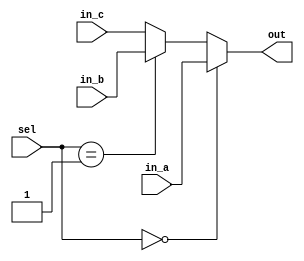
// ECE:3350 SISC processor project
// 16-bit mux

`timescale 1ns/100ps

module mux16 (in_a, in_b, in_c, sel, out);

  /*
   *  16-BIT MULTIPLEXER - mux16.v
   *
   *  Inputs:
   *   - in_a (16 bits): First input to the multiplexer. Chosen when sel = 0.
   *   - in_b (16 bits): Second input to the multiplexer. Chosen when sel = 1.
   *   - sel: Controls which input is seen at the output.
   *
   *  Outputs:
   *   - out: Output from the multiplexer.
   *
   */

  input  [15:0] in_a;
  input  [15:0] in_b;
  input  [15:0] in_c; 
  input  [1:0]    sel;
  output [15:0] out;

  reg   [15:0] out;
   
  always @ (in_a, in_b, sel)
  begin
    if (sel == 2'b00)
      out <= in_a;
    else if (sel == 2'b01)
      out <= in_b;
    else 
      out <= in_c;
  end

endmodule